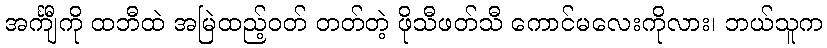
အင်္ကျီကို ထဘီထဲ အမြဲထည့်ဝတ် တတ်တဲ့ ဖိုသီဖတ်သီ ကောင်မလေးကိုလား၊ ဘယ်သူက